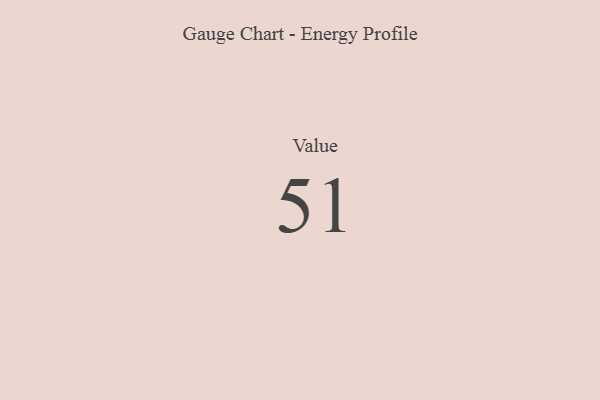
{"axis": {"x": "Metric", "y": "Value"}, "legend": [""], "data": [{"x": "Value", "y": 51, "type": ""}]}